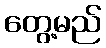
တွေ့မည်